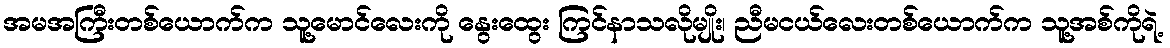
အမအကြီးတစ်ယောက်က သူ့မောင်လေးကို နွေးထွေး ကြင်နာသလိုမျိုး၊ ညီမငယ်လေးတစ်ယောက်က သူ့အစ်ကိုရဲ့